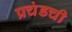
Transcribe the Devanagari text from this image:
प्रचंडची